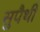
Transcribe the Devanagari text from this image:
सुपैथी